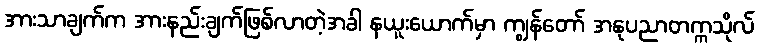
အားသာချက်က အားနည်းချက်ဖြစ်လာတဲ့အခါ နယူးယောက်မှာ ကျွန်တော် အနုပညာတက္ကသိုလ်